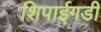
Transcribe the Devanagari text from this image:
शिपाईगडी